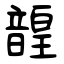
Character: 韹